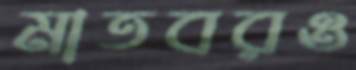
মাতবরও